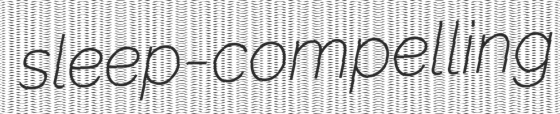
sleep-compelling